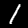
Digit: 1